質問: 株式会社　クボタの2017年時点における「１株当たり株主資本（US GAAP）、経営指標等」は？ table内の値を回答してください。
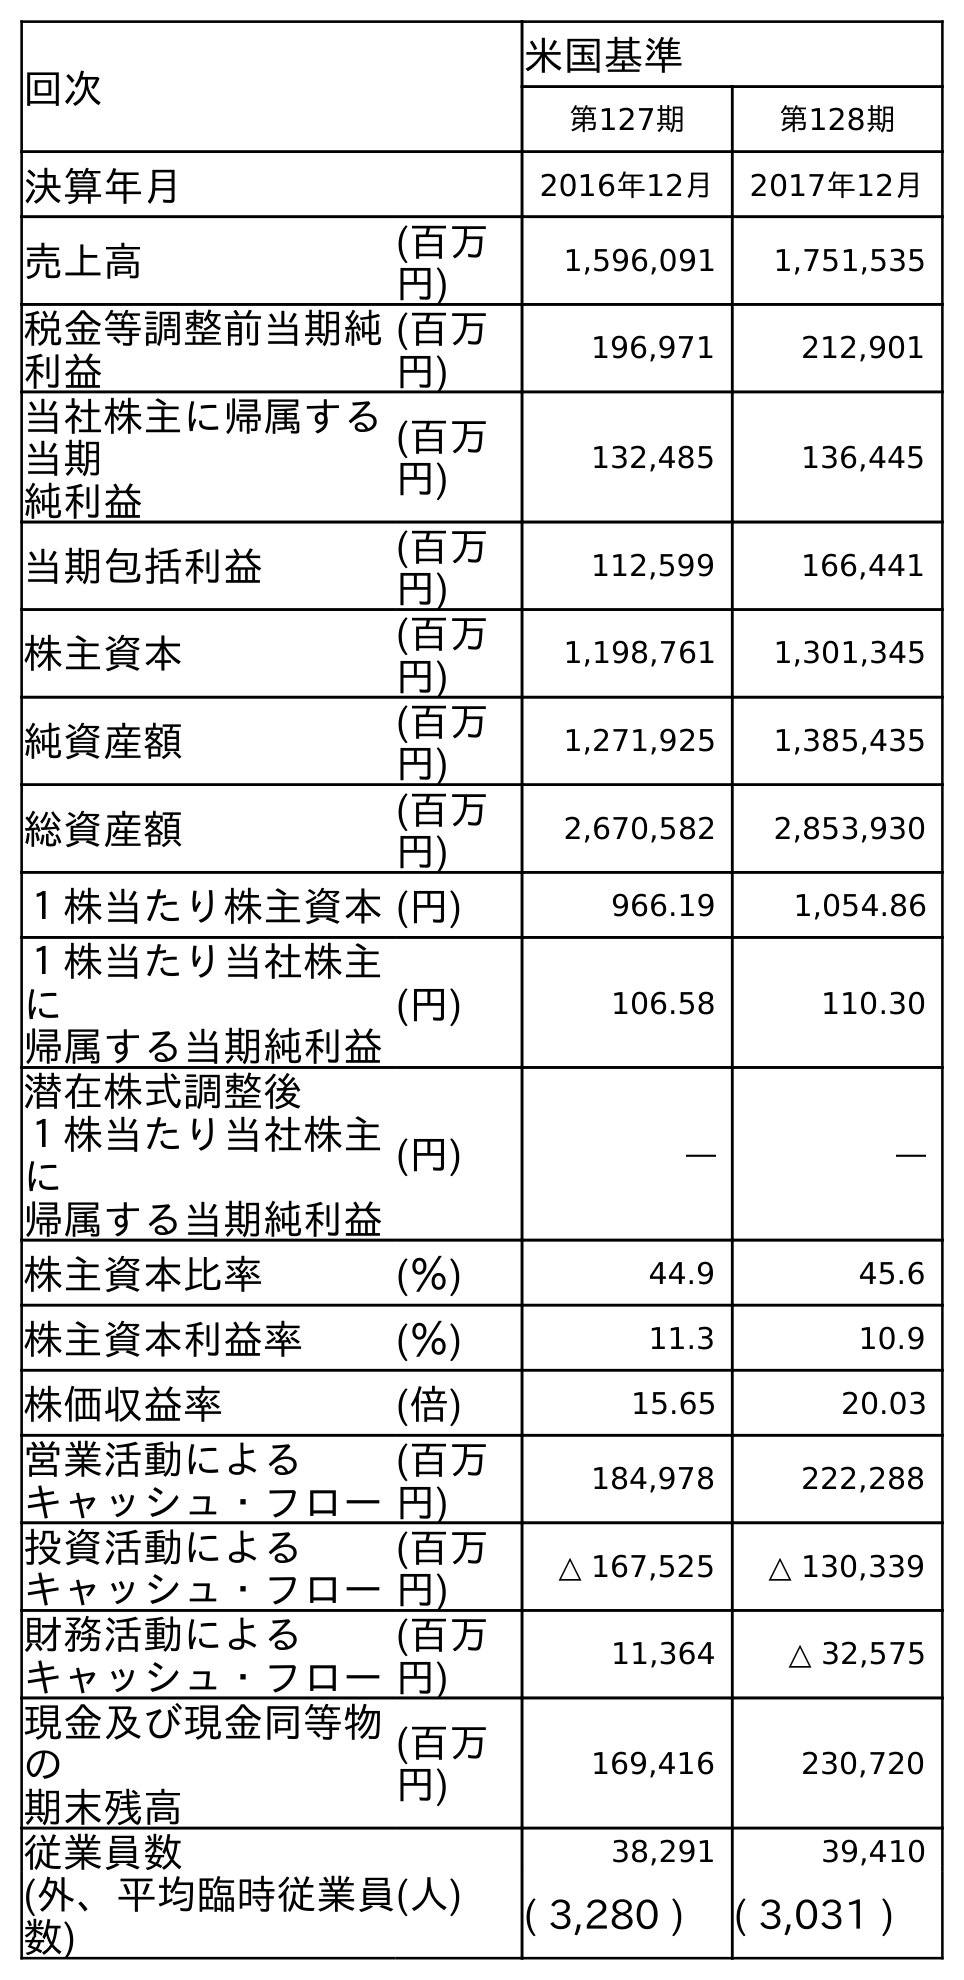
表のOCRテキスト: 回次 米国基準 第127期 第128期 決算年月 2016年12月 2017年12月 売上高 (百万 円) 1,596,091 1,751,535 税金等調整前当期純 利益 (百万 円) 196,971 212,901 当社株主に帰属する 当期 純利益 (百万 円) 132,485 136,445 当期包括利益 (百万 円) 112,599 166,441 株主資本 (百万 円) 1,198,761 1,301,345 純資産額 (百万 円) 1,271,925 1,385,435 総資産額 (百万 円) 2,670,582 2,853,930 １株当たり株主資本(円) 966.19 1,054.86 １株当たり当社株主 に 帰属する当期純利益 (円) 106.58 110.30 潜在株式調整後 １株当たり当社株主 に 帰属する当期純利益 (円) ― ― 株主資本比率 (％) 44.9 45.6 株主資本利益率 (％) 11.3 10.9 株価収益率 (倍) 15.65 20.03 営業活動による キャッシュ・フロー (百万 円) 184,978 222,288 投資活動による キャッシュ・フロー (百万 円) △ 167,525 △ 130,339 財務活動による キャッシュ・フロー (百万 円) 11,364 △ 32,575 現金及び現金同等物 の 期末残高 (百万 円) 169,416 230,720 従業員数 (人) 38,291 39,410 (外、平均臨時従業員 数) ( 3,280 ) ( 3,031 )
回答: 1,054.86